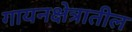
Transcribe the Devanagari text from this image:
गायनक्षेत्रातील